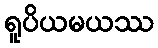
ရူပိယမယဿ